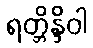
ရတ္တိန္ဒိဝါ